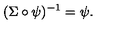
( \Sigma \circ \psi ) ^ { - 1 } = \psi .